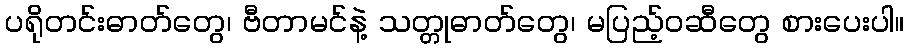
ပရိုတင်းဓာတ်တွေ၊ ဗီတာမင်နဲ့ သတ္တုဓာတ်တွေ၊ မပြည့်ဝဆီတွေ စားပေးပါ။